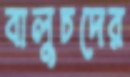
বালুচদের